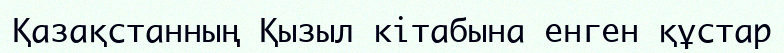
Қазақстанның Қызыл кітабына енген құстар